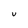
Character: V